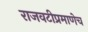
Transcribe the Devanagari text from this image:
राजवटीप्रमाणेच